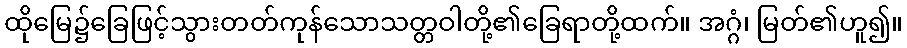
ထိုမြေ၌ခြေဖြင့်သွားတတ်ကုန်သောသတ္တဝါတို့၏ခြေရာတို့ထက်။ အဂ္ဂံ၊ မြတ်၏ဟူ၍။